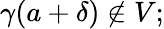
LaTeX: \gamma(a+\delta)\notin V;